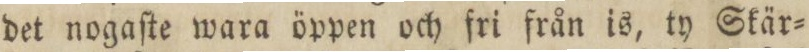
det nogaſte wara öppen och fri från is, ty Skär=